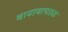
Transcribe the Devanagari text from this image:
बायाबापड्या